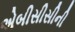
એબીસીસીની